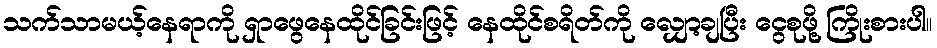
သက်သာမယ့်နေရာကို ရှာဖွေနေထိုင်ခြင်းဖြင့် နေထိုင်စရိတ်ကို လျှော့ချပြီး ငွေစုဖို့ ကြိုးစားပါ။